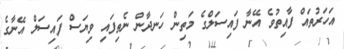
އަހަރުތައް ފާއިތުވެ އޭނާ ފައިސަލްގެ މަތިން ހަނދާން ނެތިފައި ވިޔަސް ފައިސަލް އޭނާގެ